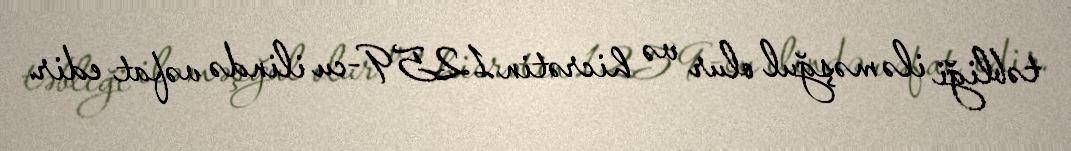
təbliği ilə məşğul olur və hicrətin 1259-cu ilində vəfat edir.